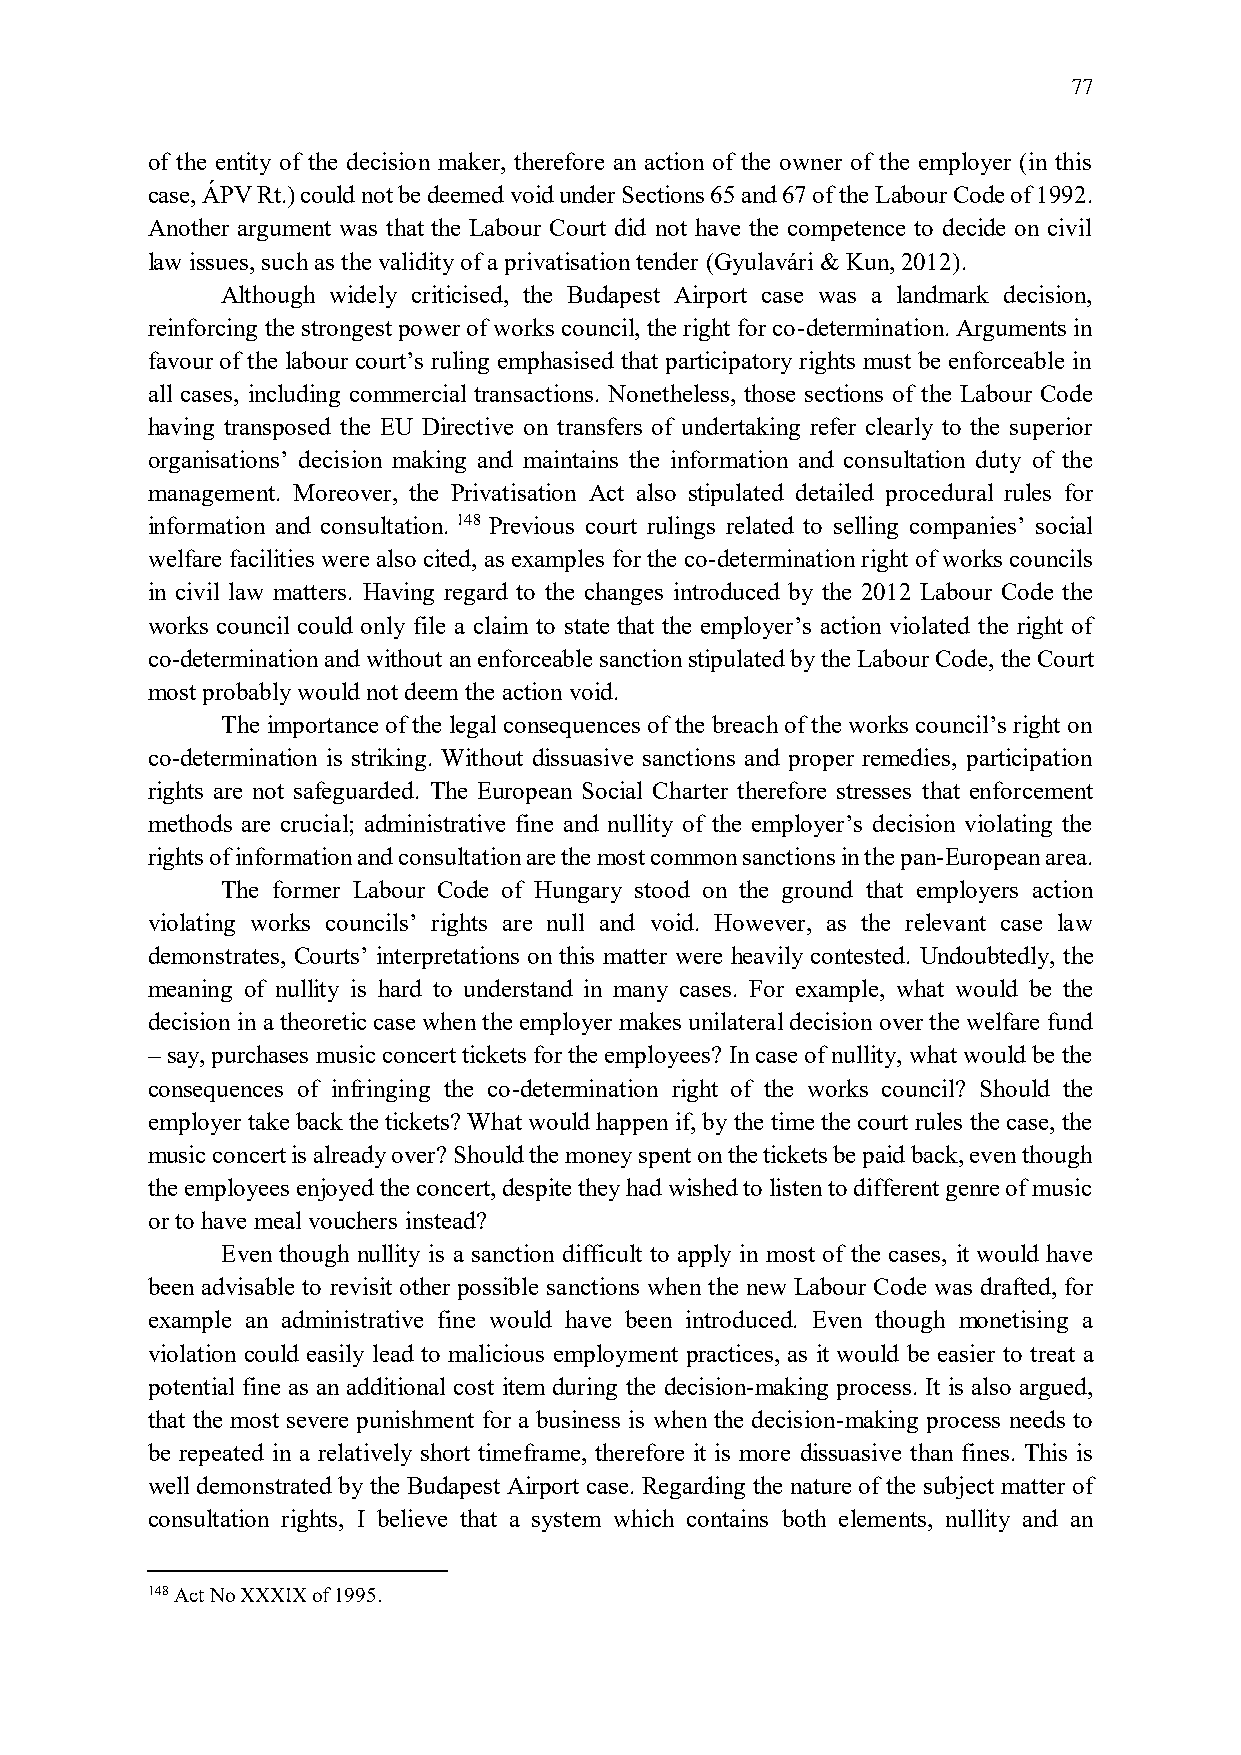
77
 of the entity of the decision maker, therefore an action of the owner of the employer (in this
 case, ÁPV Rt.) could not be deemed void under Sections 65 and 67 of the Labour Code of 1992.
 Another argument was that the Labour Court did not have the competence to decide on civil
 law issues, such as the validity of a privatisation tender (Gyulavári & Kun, 2012).
 Although widely criticised, the Budapest Airport case was a landmark decision,
 reinforcing the strongest power of works council, the right for co-determination. Arguments in
 favour of the labour court’s ruling emphasised that participatory rights must be enforceable in
 all cases, including commercial transactions. Nonetheless, those sections of the Labour Code
 having transposed the EU Directive on transfers of undertaking refer clearly to the superior
 organisations’ decision making and maintains the information and consultation duty of the
 management. Moreover, the Privatisation Act also stipulated detailed procedural rules for
 information and consultation. 148 Previous court rulings related to selling companies’ social
 welfare facilities were also cited, as examples for the co-determination right of works councils
 in civil law matters. Having regard to the changes introduced by the 2012 Labour Code the
 works council could only file a claim to state that the employer’s action violated the right of
 co-determination and without an enforceable sanction stipulated by the Labour Code, the Court
 most probably would not deem the action void.
 The importance of the legal consequences of the breach of the works council’s right on
 co-determination is striking. Without dissuasive sanctions and proper remedies, participation
 rights are not safeguarded. The European Social Charter therefore stresses that enforcement
 methods are crucial; administrative fine and nullity of the employer’s decision violating the
 rights of information and consultation are the most common sanctions in the pan-European area.
 The former Labour Code of Hungary stood on the ground that employers action
 violating works councils’ rights are null and void. However, as the relevant case law
 demonstrates, Courts’ interpretations on this matter were heavily contested. Undoubtedly, the
 meaning of nullity is hard to understand in many cases. For example, what would be the
 decision in a theoretic case when the employer makes unilateral decision over the welfare fund
 – say, purchases music concert tickets for the employees? In case of nullity, what would be the
 consequences of infringing the co-determination right of the works council? Should the
 employer take back the tickets? What would happen if, by the time the court rules the case, the
 music concert is already over? Should the money spent on the tickets be paid back, even though
 the employees enjoyed the concert, despite they had wished to listen to different genre of music
 or to have meal vouchers instead?
 Even though nullity is a sanction difficult to apply in most of the cases, it would have
 been advisable to revisit other possible sanctions when the new Labour Code was drafted, for
 example an administrative fine would have been introduced. Even though monetising a
 violation could easily lead to malicious employment practices, as it would be easier to treat a
 potential fine as an additional cost item during the decision-making process. It is also argued,
 that the most severe punishment for a business is when the decision-making process needs to
 be repeated in a relatively short timeframe, therefore it is more dissuasive than fines. This is
 well demonstrated by the Budapest Airport case. Regarding the nature of the subject matter of
 consultation rights, I believe that a system which contains both elements, nullity and an
 148 Act No XXXIX of 1995.